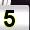
Digit: 5